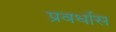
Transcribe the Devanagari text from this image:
प्रवर्धास